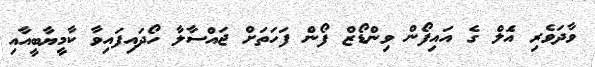
ވާދަވެރި އެަލް ގެ އައިފޯން ވިންޑޯޒް ފޯން ފަހަތަށް ޖައްސާލާ ހޯދައިފައިވާ ކާމީޔާބީއާއި